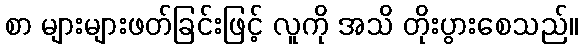
စာ များများဖတ်ခြင်းဖြင့် လူကို အသိ တိုးပွားစေသည်။